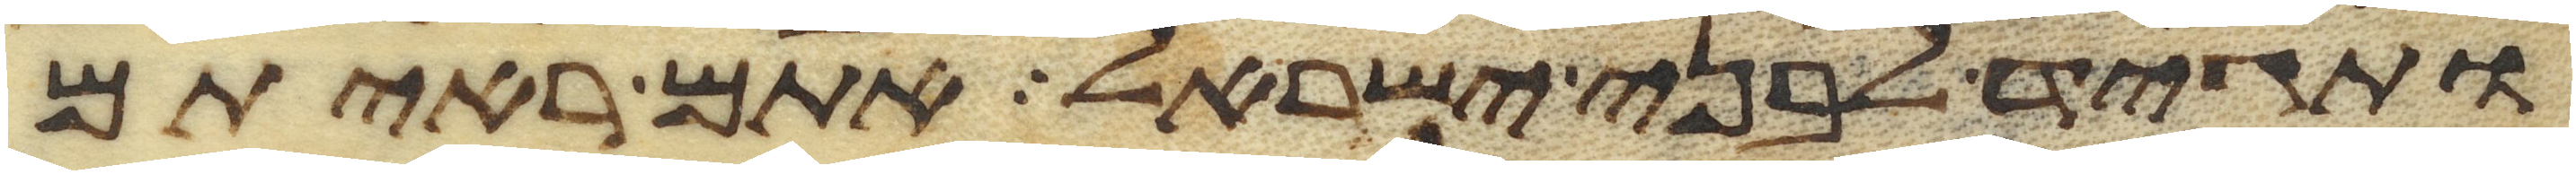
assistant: ותגיד לבני ישראל אתם ראיתם